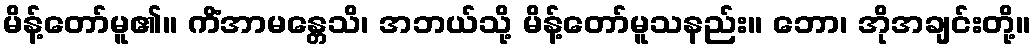
မိန့်တော်မူ၏။ ကိံအာမန္တေသိ၊ အဘယ်သို့ မိန့်တော်မူသနည်း။ ဘော၊ အိုအချင်းတို့။